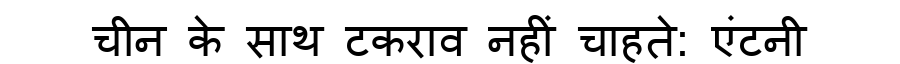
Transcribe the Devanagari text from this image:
चीन के साथ टकराव नहीं चाहते: एंटनी